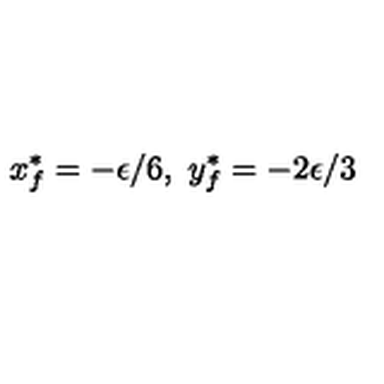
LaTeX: x _ { f } ^ { * } = - \epsilon / 6 , \ y _ { f } ^ { * } = - 2 \epsilon / 3